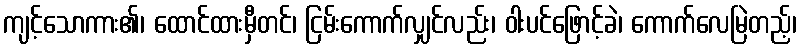
ကျင့်သောကား၏၊ ထောင်ထားမှီတင်၊ ငြမ်းကောက်လျှင်လည်း၊ ဝါးပင်ဖြောင့်ခဲ၊ ကောက်လေမြဲတည့်၊